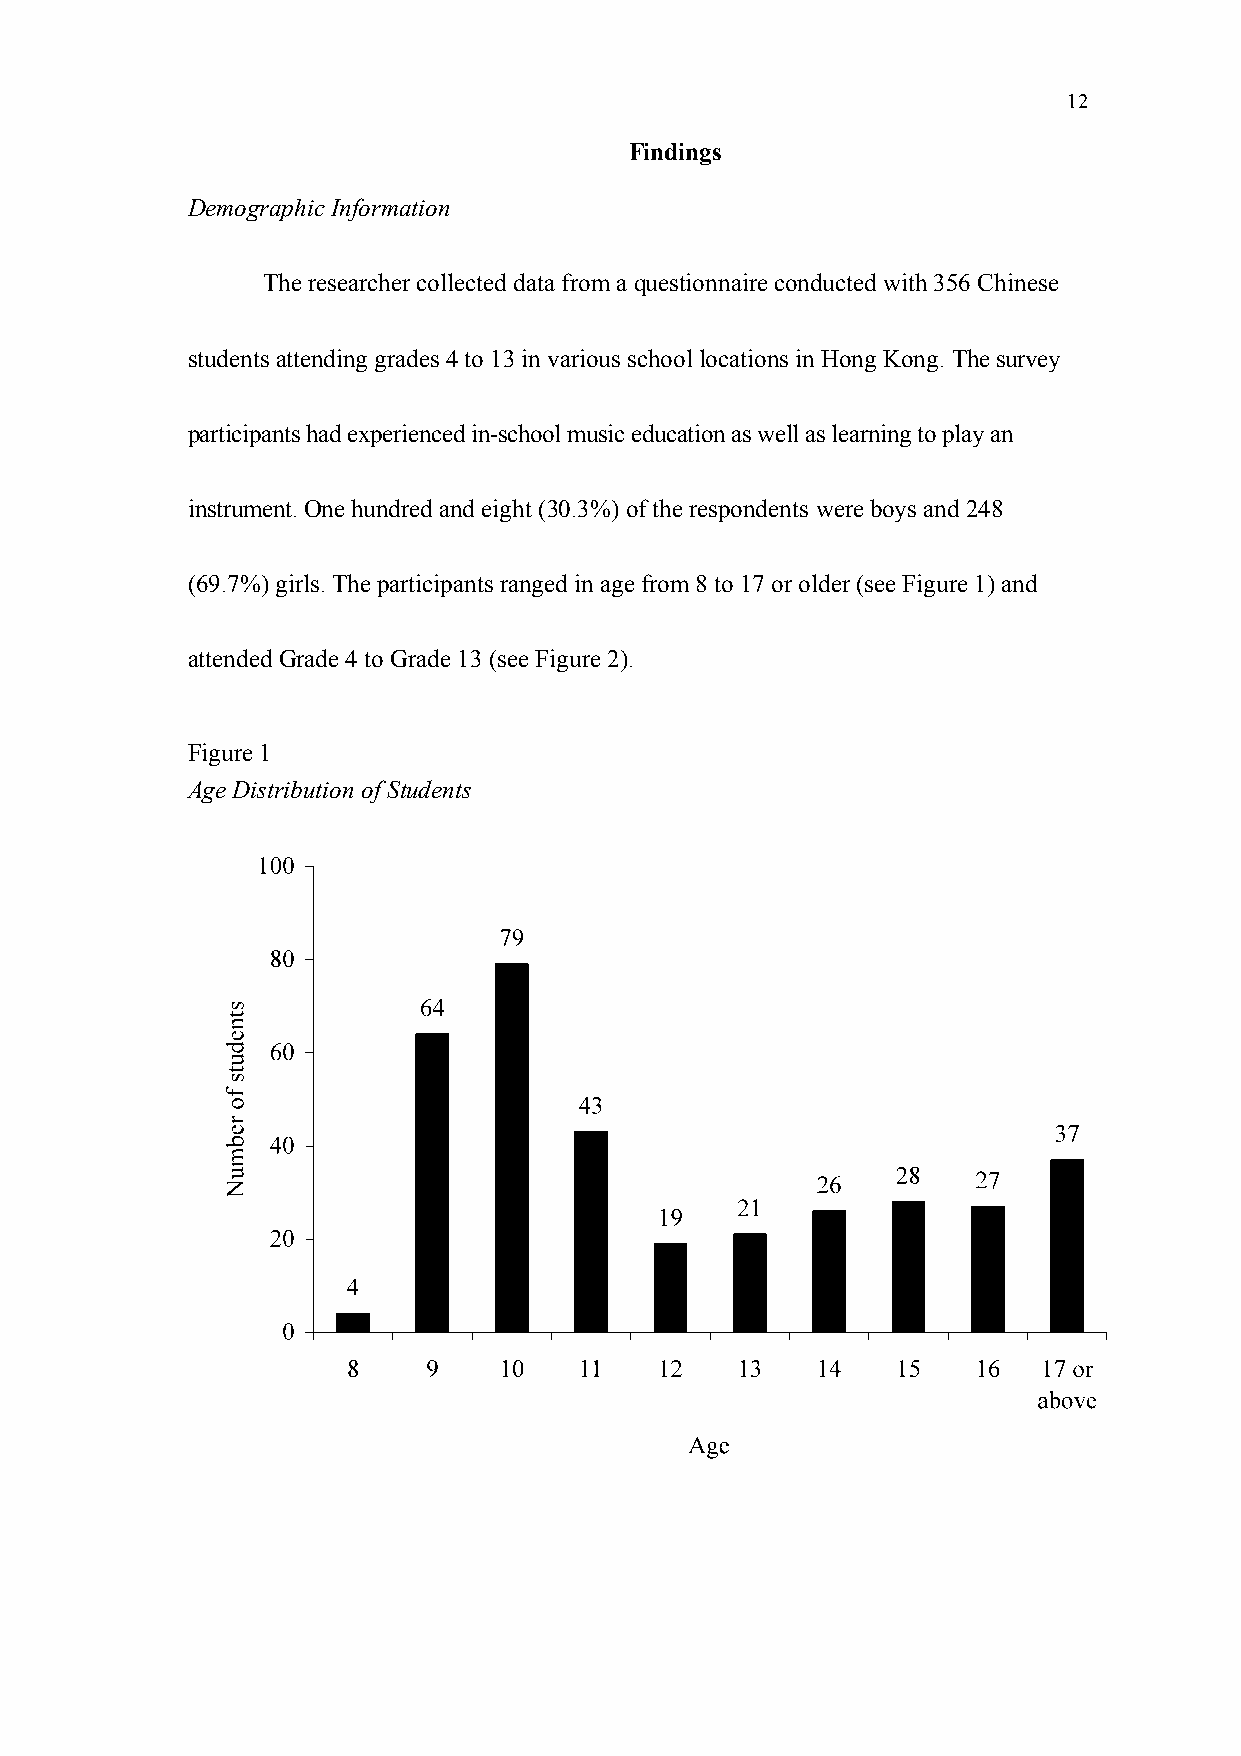
12
 Findings
 Demographic Information
 The researcher collected data from a questionnaire conducted with 356 Chinese
 students attending grades 4 to 13 in various school locations in Hong Kong. The survey
 participants had experienced in-school music education as well as learning to play an
 instrument. One hundred and eight (30.3%) of the respondents were boys and 248
 (69.7%) girls. The participants ranged in age from 8 to 17 or older (see Figure 1) and
 attended Grade 4 to Grade 13 (see Figure 2).
 Figure 1
 Age Distribution of Students